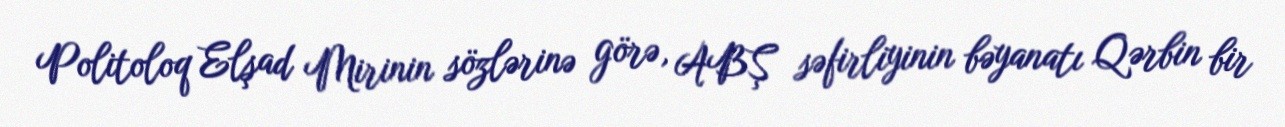
Politoloq Elşad Mirinin sözlərinə görə, ABŞ səfirliyinin bəyanatı Qərbin bir